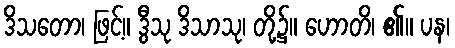
ဒိသတော၊ ဖြင့်။ ဒွီသု ဒိသာသု၊ တို့၌။ ဟောတိ၊ ၏။ ပန၊